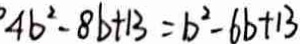
4 b ^ { 2 } - 8 b + 1 3 = b ^ { 2 } - 6 b + 1 3